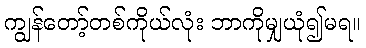
ကျွန်တော့်တစ်ကိုယ်လုံး ဘာကိုမျှယုံ၍မရ။